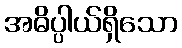
အဓိပ္ပါယ်ရှိသော